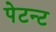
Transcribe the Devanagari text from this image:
पेटन्ट